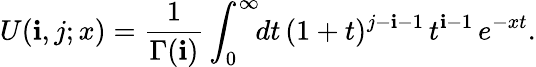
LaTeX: U(\mathbf{i},j;x)=\frac{{1}}{{\Gamma(\mathbf{i})}}\int_{0}^{\infty}\! \! dt\, (1+t)^{j-\mathbf{i}-1}\, t^{\mathbf{i}-1}\, e^{-xt}.